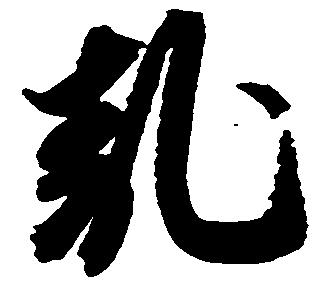
乱